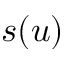
s ( u )